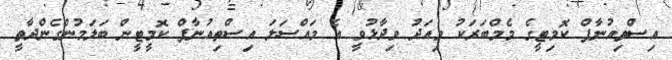
އިސްތިއުނާފް ކޮމިޓީގެ މެމްބަރަކު މިއަދު ވިދާޅުވީ އެ މައްސަލަ އިސްތިއުނާފް ކޮމީޓީން ބަލަމުންގެންދާތީ